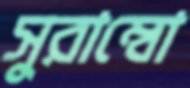
সুরাম্বো